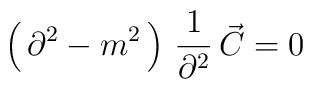
\left(\, \partial^2 - m^2 \,\right)\,{1\over \partial^2 }\,\vec C=0